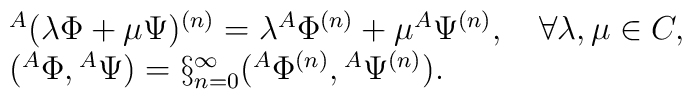
\begin{array}{l}{}^{A}(\lambda\Phi +\mu\Psi)^{(n)}=\lambda {}^{A}\Phi^{(n)} + \mu {}^{A}\Psi^{(n)}, \quad \forall \lambda, \mu \in C,\\ ({}^{A}\Phi,{}^{A}\Psi)=\S^{\infty}_{n=0}({}^{A}\Phi^{(n)},{}^{A}\Psi^{(n)}).\end{array}